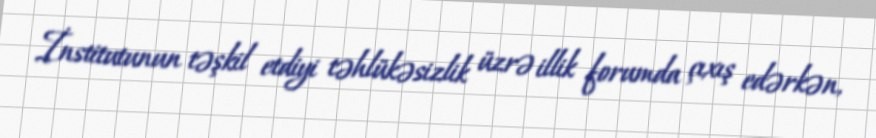
İnstitutunun təşkil etdiyi təhlükəsizlik üzrə illik forumda çıxış edərkən,